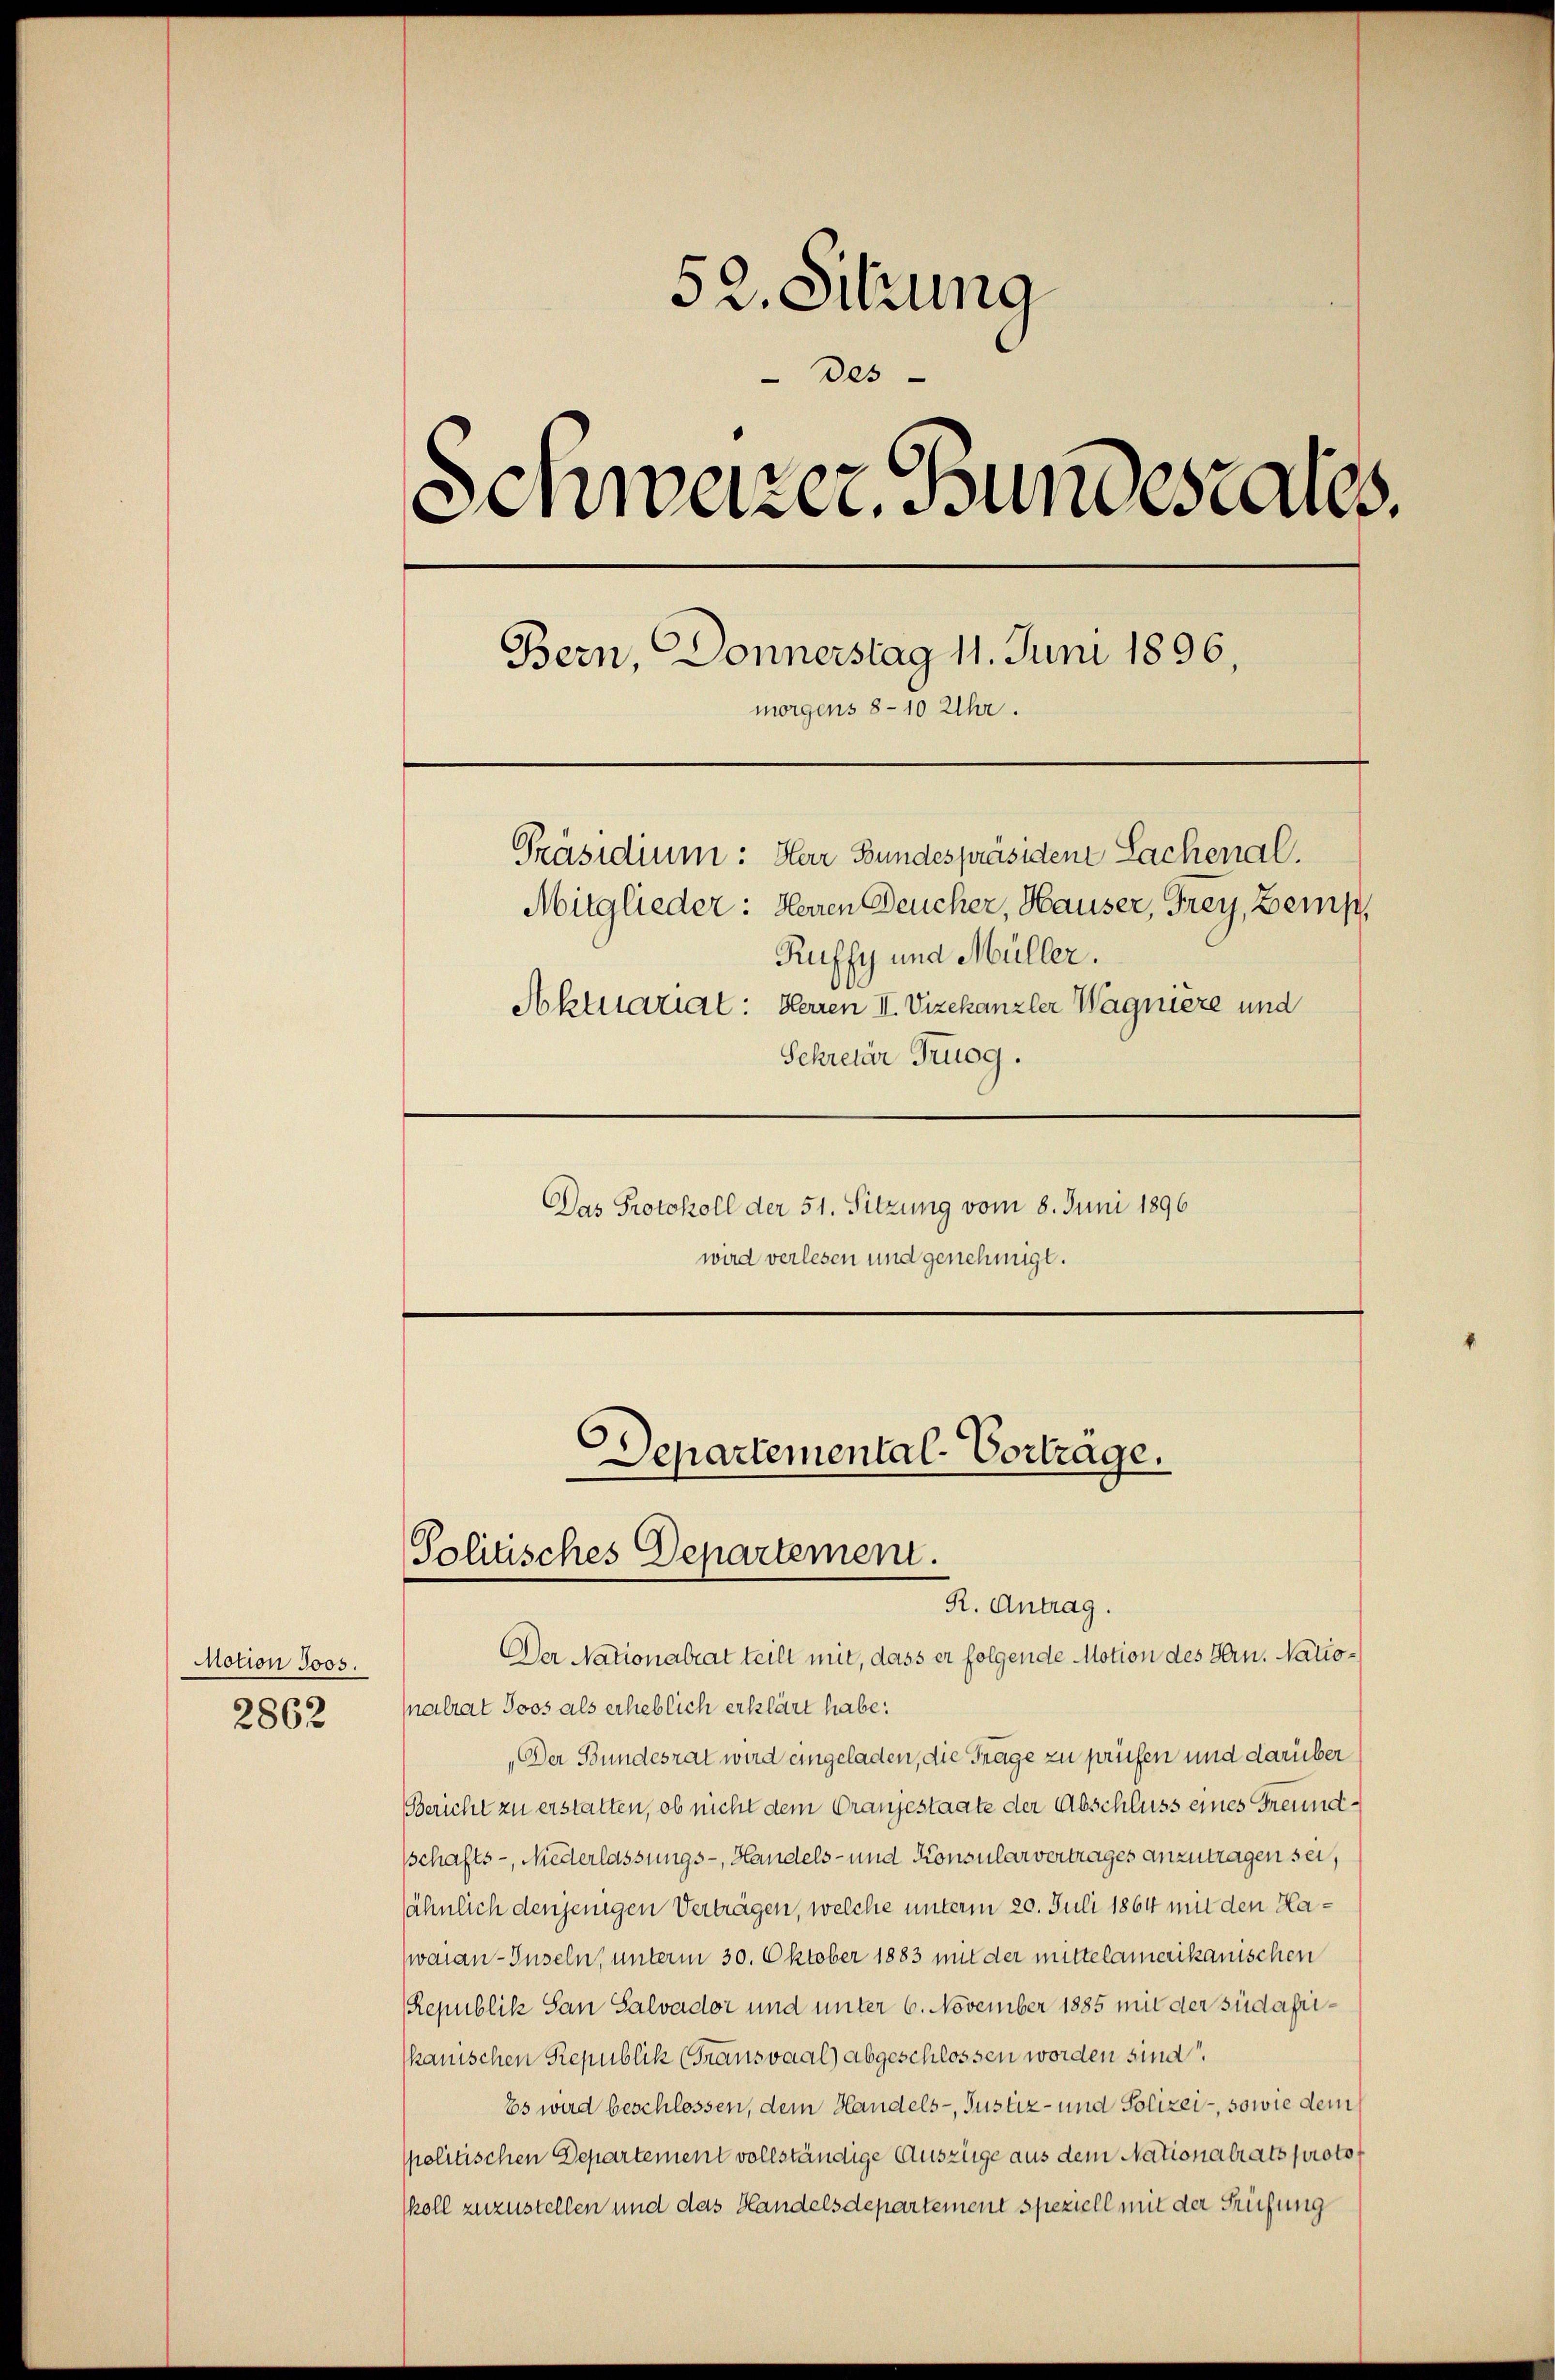
notion Jos.
2862

52. Sitzung
des
Schwazer Bundesrates.
Bern, Donnerstag 11. Juni 1896,
morgens 8-10 Uhr.
Präsidium: Herr Bundespräsiden Sachenal.
Mitglieder: Herren Deucher, Hauser, Frey, Bemp,
Ruffy und Müller.
Aktuariat: Herren II. Vizekanzler Wagnière und
Schretär Truog.
Das Protokoll der 51. Sitzung vom 8. Juni 1896
wird verlesen und genehmigt.

Departemental-Vortrage.
Politisches Departement.
R. Antrag.

Der Nationalrat teilt mit, dass er folgende Motion des Hrn. Nationalrat Joos als erheblich erklärt habe.
„Der Bundesrat wird eingeladen, die Frage zu prüfen und darüber
Bericht zu erstatten, ob nicht dem Orangestaate der Abschluss eines Freundsschafts-, Niederlassungs-, Handels- und Konsularvertrages anzutragen sei,
ähnlich denjenigen Verträgen, welche unterm 20. Juli 1864 mit den Hawaian-Inseln, unterm 30. Oktober 1883 mit der mittelamerikanischen
Republik San Salvador und unter 6. November 1885 mit der südafrikanischen Republik (Transvaal) abgeschlossen worden sind
Es wird beschlossen, dem Handels- Justiz- und Polizei-, sowie dem
politischen Departement vollständige Auszüge aus dem Nationalrats protokoll zuzustellen und das Handelsdepartement speziell mit der Prüfung